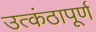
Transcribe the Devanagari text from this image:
उत्कंठापूर्ण